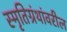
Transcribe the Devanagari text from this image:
स्मृतिग्रंथांवरील